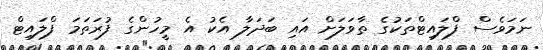
ނަމަވެސް ފްލައިޓްތަކުގެ ތާވަލަށް އައި ބަދަލާ އެކު އެ މީހުންގެ ފުރަތަމަ ފްލައިޓް